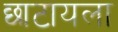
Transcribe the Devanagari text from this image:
छाटायला